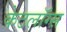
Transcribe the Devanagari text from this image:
केटलॉग्स